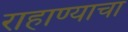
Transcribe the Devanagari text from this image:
राहाण्याचा